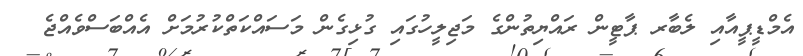
އެމްޑީޕީއާއި ލެބާރ ޕާޓީން ރައްޔިތުންގެ މަޖިލީހުގައި ގުޅިގެން މަސައްކަތްކުރުމަށް އެއްބަސްވެއްޖެ